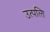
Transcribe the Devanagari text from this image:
उत्पत्‍ति